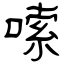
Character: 嗦